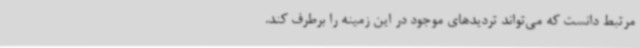
مرتبط دانست که می‌تواند تردیدهای موجود در این زمینه را برطرف کند.